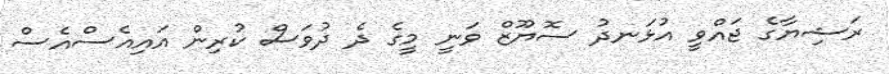
ރަޝިޔާގެ ޖައްވީ އުޅަނދު ސޮޔޫޒް ވަނީ މީގެ ދެ ދުވަސް ކުރިން އައިއެސްއެސް